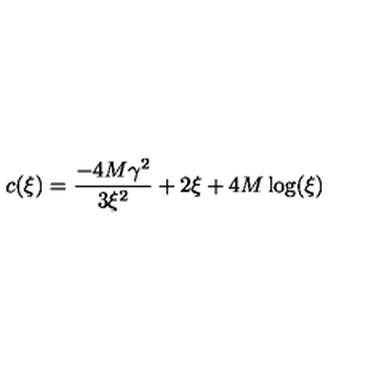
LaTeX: c ( \xi ) = { \frac { - 4 M { { \gamma } ^ { 2 } } } { 3 { { \xi } ^ { 2 } } } } + 2 \xi + 4 M \log ( \xi )